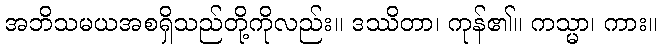
အဘိသမယအစရှိသည်တို့ကိုလည်း။ ဒဿိတာ၊ ကုန်၏။ ကသ္မာ၊ ကား။